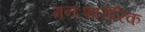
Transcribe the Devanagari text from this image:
मनःशारीरिक